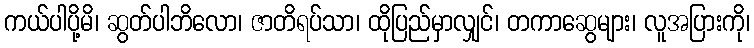
ကယ်ပါပို့မိ၊ ဆွတ်ပါဘိလော၊ ဇာတိရပ်သာ၊ ထိုပြည်မှာလျှင်၊ တကာဆွေများ၊ လူအပြားကို၊